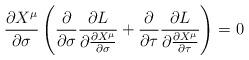
LaTeX: \begin{align*}\frac{\partial X^\mu}{\partial \sigma}\left(\frac{\partial}{\partial \sigma}\frac{\partial L}{\partial \frac{\partial X^\mu}{\partial \sigma}}+\frac{\partial}{\partial \tau}\frac{\partial L}{\partial \frac{\partial X^\mu}{\partial \tau}}\right)=0\end{align*}